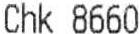
CHK 8660